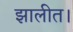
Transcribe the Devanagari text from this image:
झालीत।